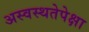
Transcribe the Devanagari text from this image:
अस्वस्थतेपेक्षा